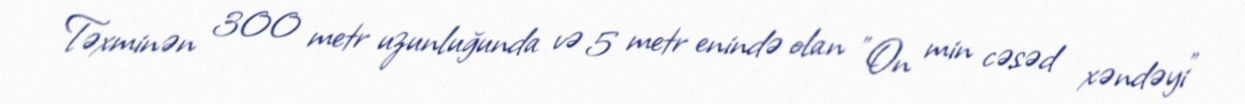
Təxminən 300 metr uzunluğunda və 5 metr enində olan "On min cəsəd xəndəyi"